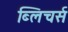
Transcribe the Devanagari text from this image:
ब्लिचर्स